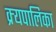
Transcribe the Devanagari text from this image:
क्र्यपालिका